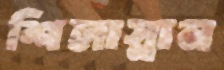
শিলাস্নান